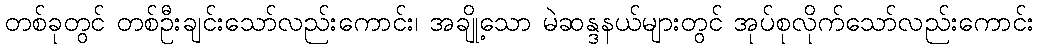
တစ်ခုတွင် တစ်ဦးချင်းသော်လည်းကောင်း၊ အချို့သော မဲဆန္ဒနယ်များတွင် အုပ်စုလိုက်သော်လည်းကောင်း